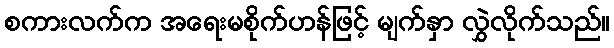
စကားလက်က အရေးမစိုက်ဟန်ဖြင့် မျက်နှာ လွှဲလိုက်သည်။